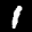
Label: 1